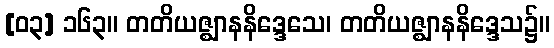
[၀၃] ၁၆၃။ တတိယဇ္ဈာနနိဒ္ဒေသေ၊ တတိယဇ္ဈာနနိဒ္ဒေသ၌။